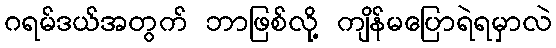
ဂရမ်ဒယ်အတွက် ဘာဖြစ်လို့ ကျိန်မပြောရဲရမှာလဲ